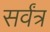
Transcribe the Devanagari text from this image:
सर्वंत्र